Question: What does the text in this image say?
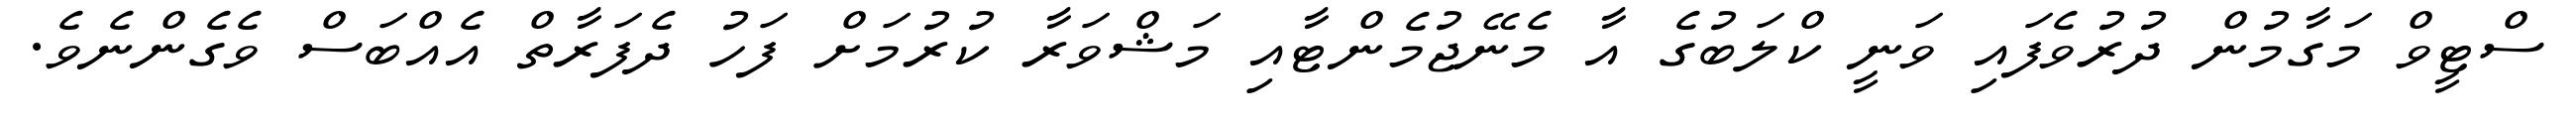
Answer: ސްޓީވް މަގާމުން ދުރުވެފައި ވަނީ ކްލަބުގެ އާ މެނޭޖުމެންޓާއި މަޝްވަރާ ކުރުމަށް ފަހު ދެފަރާތް އެއްބަސް ވެގެންނެވެ.